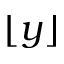
\lfloor y \rfloor